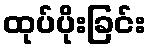
ထုပ်ပိုးခြင်း